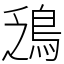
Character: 鴔